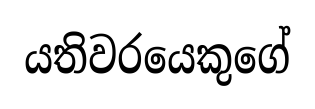
යතිවරයෙකුගේ